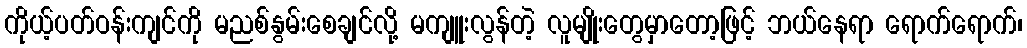
ကိုယ့်ပတ်ဝန်းကျင်ကို မညစ်နွမ်းစေချင်လို့ မကျူးလွန်တဲ့ လူမျိုးတွေမှာတော့ဖြင့် ဘယ်နေရာ ရောက်ရောက်၊